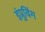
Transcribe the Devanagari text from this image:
इंप्रुविंग